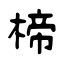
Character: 楴